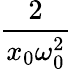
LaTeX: \frac{2}{x_{0}\omega_{0}^{2}}